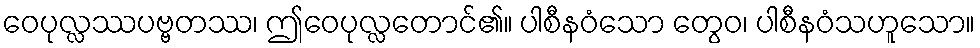
ဝေပုလ္လဿပဗ္ဗတဿ၊ ဤဝေပုလ္လတောင်၏။ ပါစီနဝံသော တွေဝ၊ ပါစီနဝံသဟူသော။